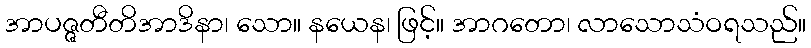
အာပဇ္ဇတီတိအာဒိနာ၊ သော။ နယေန၊ ဖြင့်။ အာဂတော၊ လာသောသံဝရသည်။